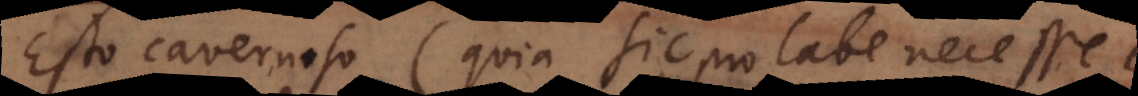
Esto cavernoso (quia sic pro labe necesse